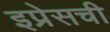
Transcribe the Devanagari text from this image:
इप्रेसची